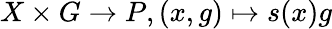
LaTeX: X\times G\to P,(x,g)\mapsto s(x)g